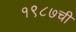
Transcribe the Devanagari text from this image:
१९८७ची